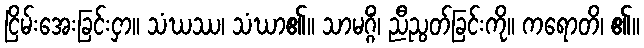
ငြိမ်းအေးခြင်းငှာ။ သံဃဿ၊ သံဃာ၏။ သာမဂ္ဂိံ၊ ညီညွတ်ခြင်းကို။ ကရောတိ၊ ၏။